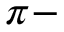
\pi -